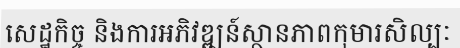
សេដ្ឋកិច្ច និងការអភិវឌ្ឍន៍ស្ថានភាពកុមារសិល្បៈ